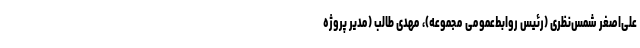
علی‌اصغر شمس‌نظری (رئیس روابط‌عمومی مجموعه)، مهدی طالب (مدیر پروژه